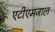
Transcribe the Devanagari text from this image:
एटीएमजाल